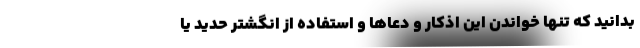
بدانید که تنها خواندن این اذکار و دعاها و استفاده از انگشتر حدید یا